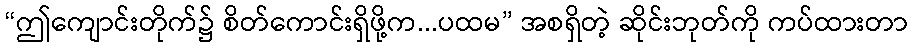
“ဤကျောင်းတိုက်၌ စိတ်ကောင်းရှိဖို့က...ပထမ” အစရှိတဲ့ ဆိုင်းဘုတ်ကို ကပ်ထားတာ